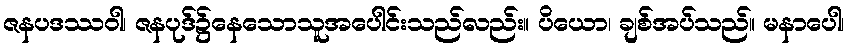
ဇနပဒဿဝါ၊ ဇနပုဒ်၌နေသောသူအပေါင်းသည်လည်း။ ပိယော၊ ချစ်အပ်သည်။ မနာပေါ၊